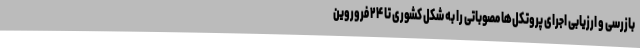
بازرسی و ارزیابی اجرای پروتکل‌ها مصوباتی را به شکل کشوری تا ۲۴ فروروین